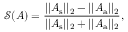
\mathcal { S } ( A ) = \frac { \vert \vert A _ { \mathrm { s } } \vert \vert _ { 2 } - \vert \vert A _ { \mathrm { a } } \vert \vert _ { 2 } } { \vert \vert A _ { \mathrm { s } } \vert \vert _ { 2 } + \vert \vert A _ { \mathrm { a } } \vert \vert _ { 2 } } ,